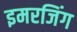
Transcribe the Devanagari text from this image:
इमरजिंग